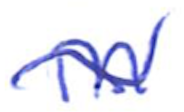
Text: in
Cross-out: wave
Writing tool: ballpoint